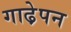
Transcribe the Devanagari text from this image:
गाढे़पन